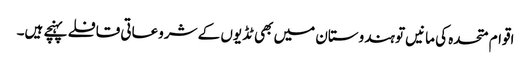
اقوام متحدہ کی مانیں تو ہندوستان میں بھی ٹڈیوں کے شروعاتی قافلے پہنچے ہیں۔